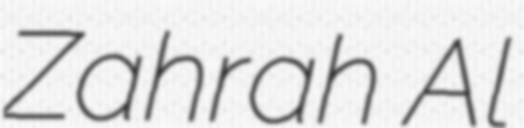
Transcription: Zahrah Al